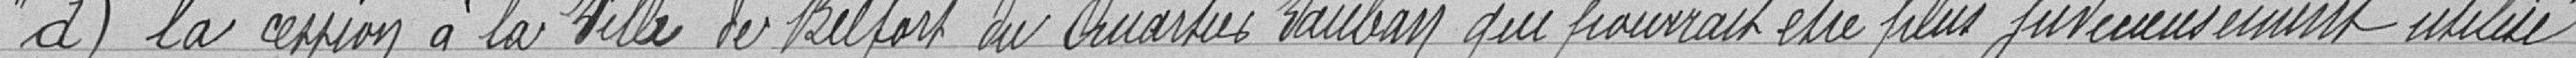
d) la cession à la Ville de Belfort du quartier Vauban qui pourrait être judicieusement utilisée